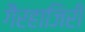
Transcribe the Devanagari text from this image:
गैरहाजिरी